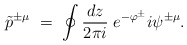
\begin{align*}\tilde{p}^{\pm\mu}\ =\ \oint\frac{dz}{2\pi i}\;e^{-\varphi^{\pm}}i\psi^{\pm\mu}.\end{align*}